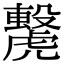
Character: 𧈌